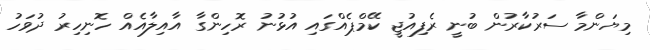
މިޔަންމާ ސަރުކާރުން ބުނީ ރެފިއުޖީ ކޭމްޕެއްގައި އުޅުނު ރޮހިންގާ އާއިލާއެއް ހޮނިހިރު ދުވަހު